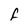
Character: F